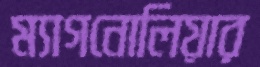
ম্যাগনোলিয়ার